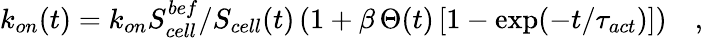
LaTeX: \begin{array}{r}{k_{on}(t)=k_{on}S_{cell}^{bef}/S_{cell}(t)\left(1+\beta\, \Theta(t)\left[1-\exp(-t/\tau_{act})\right]\right)\quad,}\end{array}